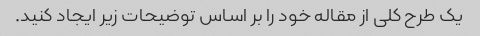
یک طرح کلی از مقاله خود را بر اساس توضیحات زیر ایجاد کنید.